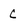
Character: C